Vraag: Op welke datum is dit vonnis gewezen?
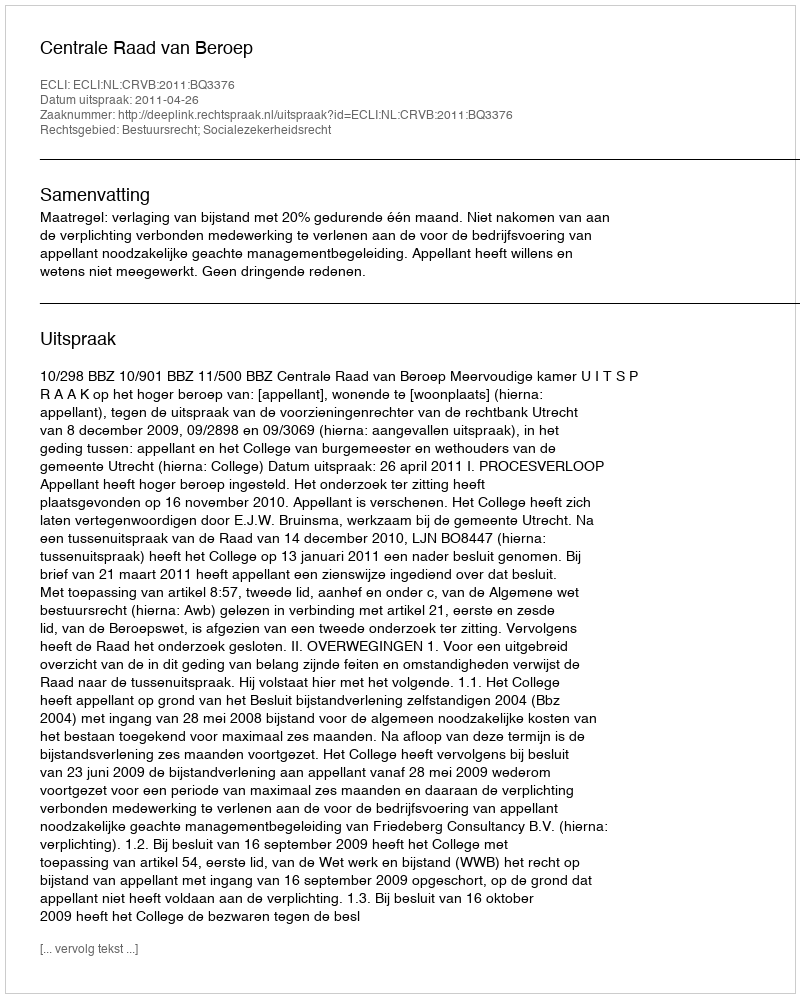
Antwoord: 2011-04-26